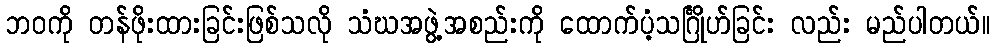
ဘဝကို တန်ဖိုးထားခြင်းဖြစ်သလို သံဃအဖွဲ့အစည်းကို ထောက်ပံ့သင်္ဂြိုဟ်ခြင်း လည်း မည်ပါတယ်။